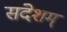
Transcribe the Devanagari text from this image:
संदेशम्